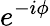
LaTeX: e^{-i\phi}